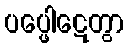
ပပ္ဖေါဋေတွာ